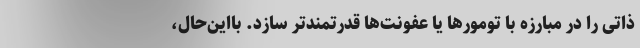
ذاتی را در مبارزه با تومورها یا عفونت‌ها قدرتمندتر سازد. بااین‌حال،